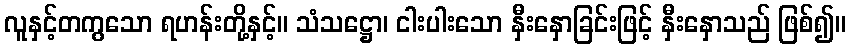
လူနှင့်တကွသော ရဟန်းတို့နှင့်။ သံသဋ္ဌော၊ ငါးပါးသော နှီးနှောခြင်းဖြင့် နှီးနှောသည် ဖြစ်၍။